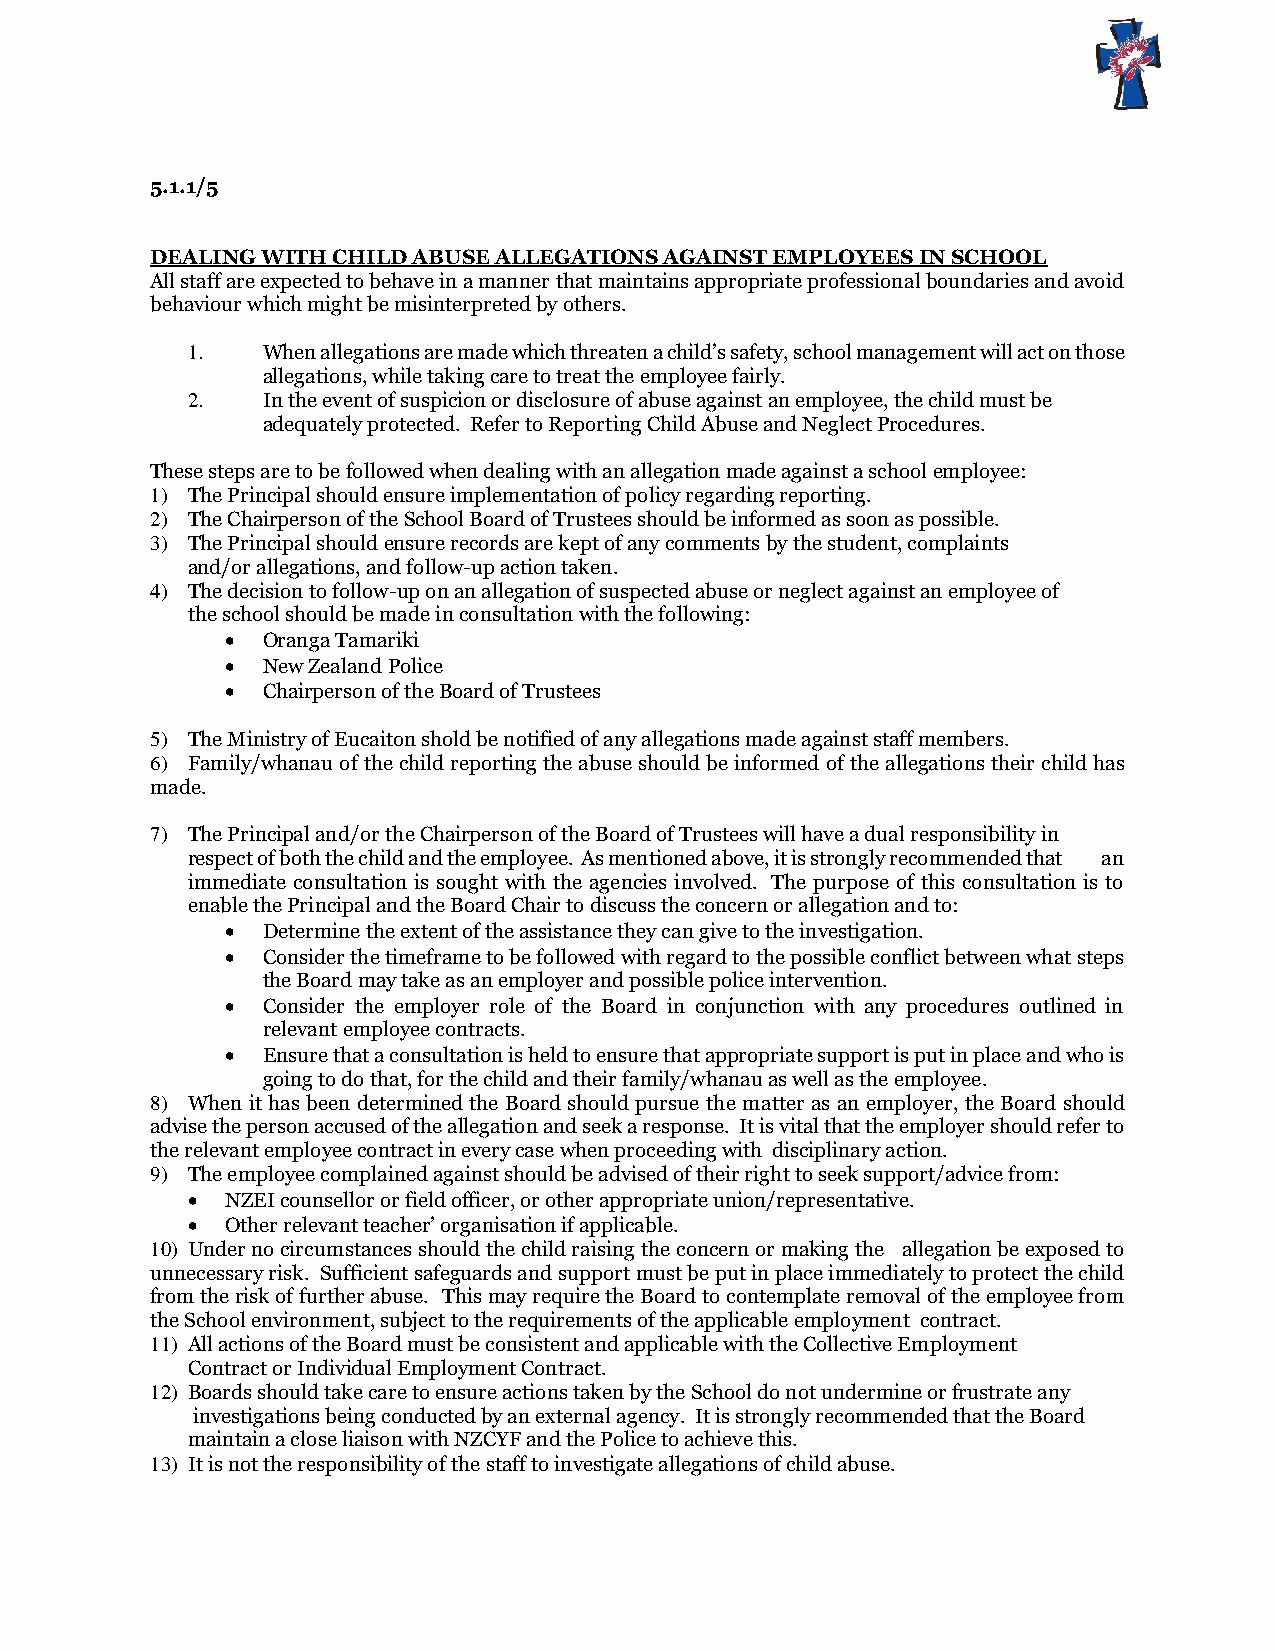
5.1.1/5
 DEALING WITH CHILD ABUSE ALLEGATIONS AGAINST EMPLOYEES IN SCHOOL
 All staff are expected to behave in a manner that maintains appropriate professional boundaries and avoid
 behaviour which might be misinterpreted by others.
 1.   When allegations are made which threaten a child’s safety, school management will act on those
 allegations, while taking care to treat the employee fairly.
 2.   In the event of suspicion or disclosure of abuse against an employee, the child must be
 adequately protected. Refer to Reporting Child Abuse and Neglect Procedures.
 These steps are to be followed when dealing with an allegation made against a school employee:
 1) The Principal should ensure implementation of policy regarding reporting.
 2) The Chairperson of the School Board of Trustees should be informed as soon as possible.
 3) The Principal should ensure records are kept of any comments by the student, complaints
 and/or allegations, and follow-up action taken.
 4) The decision to follow-up on an allegation of suspected abuse or neglect against an employee of
 the school should be made in consultation with the following:
  Oranga Tamariki
  New Zealand Police
  Chairperson of the Board of Trustees
 5) The Ministry of Eucaiton shold be notified of any allegations made against staff members.
 6) Family/whanau of the child reporting the abuse should be informed of the allegations their child has
 made.
 7) The Principal and/or the Chairperson of the Board of Trustees will have a dual responsibility in
 respect of both the child and the employee. As mentioned above, it is strongly recommended that an
 immediate consultation is sought with the agencies involved. The purpose of this consultation is to
 enable the Principal and the Board Chair to discuss the concern or allegation and to:
  Determine the extent of the assistance they can give to the investigation.
  Consider the timeframe to be followed with regard to the possible conflict between what steps
 the Board may take as an employer and possible police intervention.
  Consider the employer role of the Board in conjunction with any procedures outlined in
 relevant employee contracts.
  Ensure that a consultation is held to ensure that appropriate support is put in place and who is
 going to do that, for the child and their family/whanau as well as the employee.
 8) When it has been determined the Board should pursue the matter as an employer, the Board should
 advise the person accused of the allegation and seek a response. It is vital that the employer should refer to
 the relevant employee contract in every case when proceeding with disciplinary action.
 9) The employee complained against should be advised of their right to seek support/advice from:
   NZEI counsellor or field officer, or other appropriate union/representative.
   Other relevant teacher’ organisation if applicable.
 10) Under no circumstances should the child raising the concern or making the allegation be exposed to
 unnecessary risk. Sufficient safeguards and support must be put in place immediately to protect the child
 from the risk of further abuse. This may require the Board to contemplate removal of the employee from
 the School environment, subject to the requirements of the applicable employment contract.
 11) All actions of the Board must be consistent and applicable with the Collective Employment
 Contract or Individual Employment Contract.
 12) Boards should take care to ensure actions taken by the School do not undermine or frustrate any
 investigations being conducted by an external agency. It is strongly recommended that the Board
 maintain a close liaison with NZCYF and the Police to achieve this.
 13) It is not the responsibility of the staff to investigate allegations of child abuse.